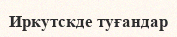
Иркутскде туғандар